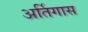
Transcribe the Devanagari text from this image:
अर्तिगास